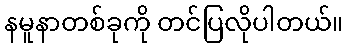
နမူနာတစ်ခုကို တင်ပြလိုပါတယ်။